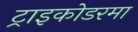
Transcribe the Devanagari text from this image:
ट्राइकोडरमा